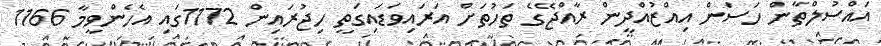
އައްސުލްތާން ހަސަން އިއްޒުއްދީން ރާއްޖޭގެ ތަހުތަށް އަރައިވަޑައިގަތީ ހިޖުރައިން 1172ގައި އެހެންވީމާ 1166